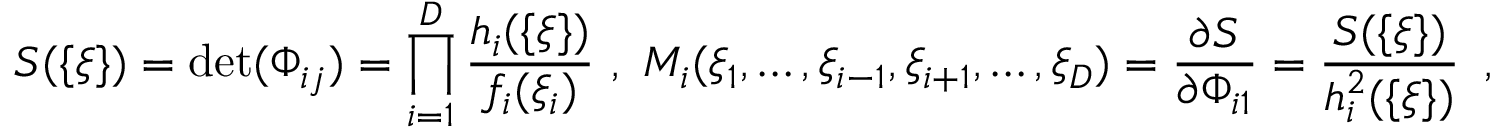
S ( \{ \xi \} ) = \operatorname * { d e t } ( \Phi _ { i j } ) = \prod _ { i = 1 } ^ { D } { \frac { h _ { i } ( \{ \xi \} ) } { f _ { i } ( \xi _ { i } ) } } \ , \ M _ { i } ( \xi _ { 1 } , \dots , \xi _ { i - 1 } , \xi _ { i + 1 } , \dots , \xi _ { D } ) = { \frac { \partial S } { \partial \Phi _ { i 1 } } } = { \frac { S ( \{ \xi \} ) } { h _ { i } ^ { 2 } ( \{ \xi \} ) } } \enspace ,